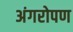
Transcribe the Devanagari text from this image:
अंगरोपण